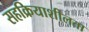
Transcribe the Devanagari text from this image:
सहक्रियाशीलता